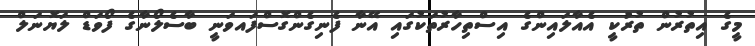
މީގެ އިތުރުން ތުރުކީ އެއާލައިންގެ އިސްތިހާރުތަކުގައި އޭނާ ފެނިގެންގޮސްފައވަނީ ބާސެލޯނާގެ ފޯވަޑް ލަޔޮނަލް